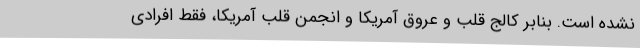
نشده است. بنابر کالج قلب و عروق آمریکا و انجمن قلب آمریکا، فقط افرادی